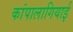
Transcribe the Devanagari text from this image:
कांपालागियाई